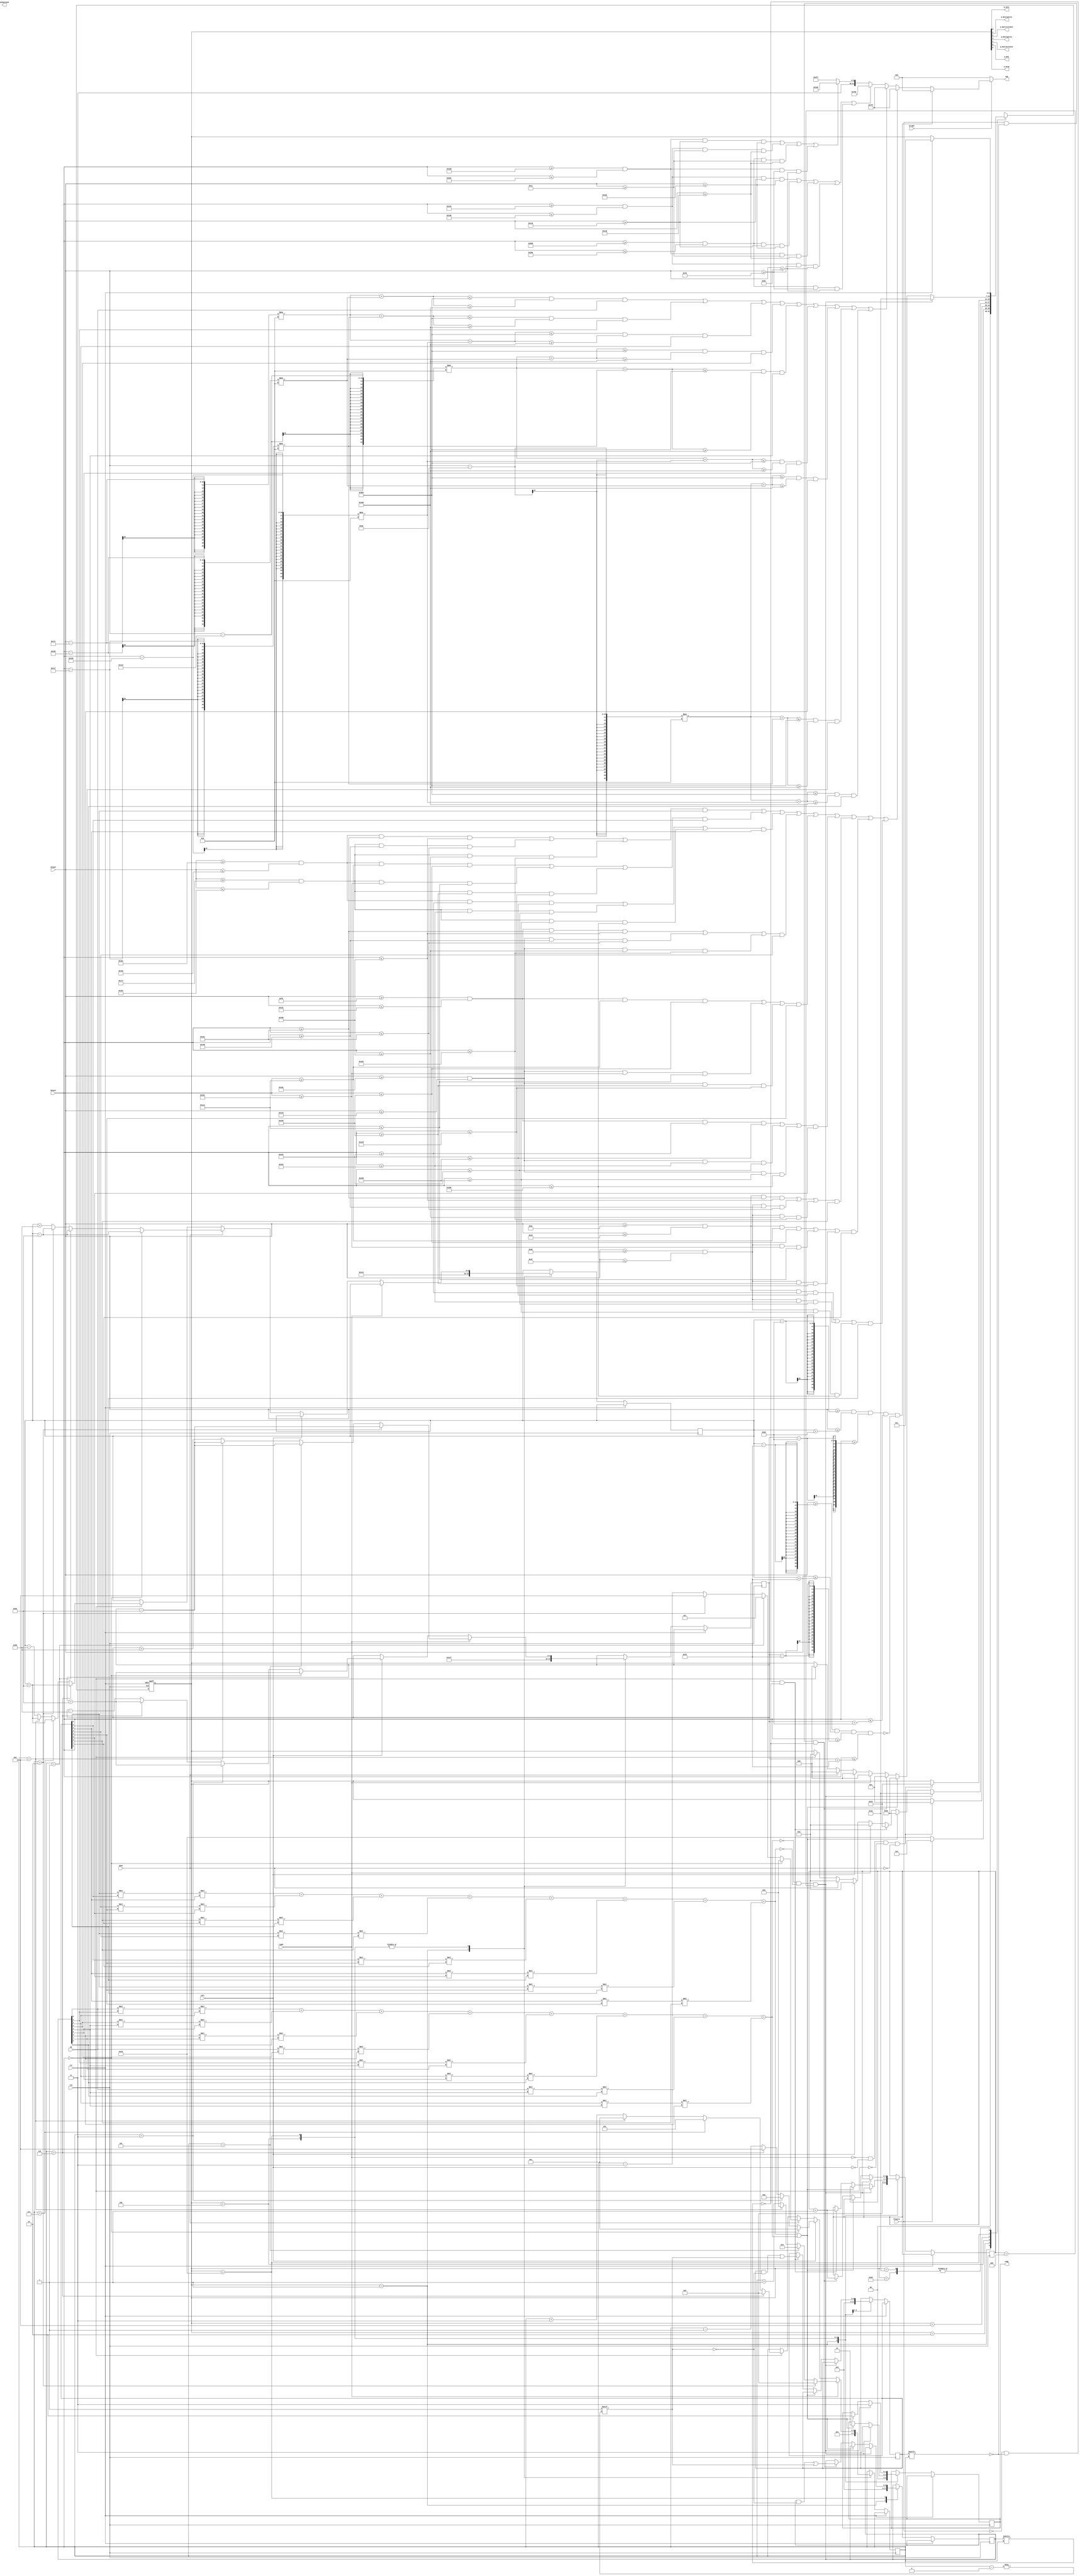
module block_controller(
	input clk, //this clock must be a slow enough clock to view the changing positions of the objects
	input bright,
	input rst,
	input up, input down, input left, input right,
	input [9:0] hCount, vCount,
	input Player1,
	output reg [11:0] rgb,
	output reg [11:0] background,
	output q_Init, q_Wait1press, q_Wait1release, q_Wait2press, q_Wait2release, q_Win, q_Draw,
	output reg [1:0] temp
   );
	reg [9:0] MID_X, MID_Y;
	reg [3:0] pointer;
	reg [3:0] moves;
	reg [8:0] fstore;
	reg [8:0] sstore;
	wire WIN1, WIN2, DRAW;
	reg [6:0] state;
	assign {q_Draw, q_Win, q_Wait2release, q_Wait2press, q_Wait1release, q_Wait1press, q_Init} = state;

	localparam
	    QINIT         = 7'b0000001,
	    QWAIT1PRESS   = 7'b0000010,
		QWAIT1RELEASE = 7'b0000100,
	    QWAIT2PRESS   = 7'b0001000,
		QWAIT2RELEASE = 7'b0010000,
	    QWIN          = 7'b0100000,
	    QDRAW         = 7'b1000000,
	    UNK           = 7'bXXXXXXX;


	parameter RED        = 12'b1111_0000_0000;
	parameter BLACK      = 12'b0000_0000_0000;
	parameter WHITE      = 12'b1111_1111_1111;
	parameter RICE       = 12'b1110_1110_1100;
	parameter BACKGROUND = 12'b1111_1111_1111;
	parameter GREEN      = 12'b0000_1111_0000;
	parameter COFFEE     = 12'b0111_0101_0011;
	parameter WOOD       = 12'b1101_1010_1000;
	parameter CENTER_X   = 463;
	parameter CENTER_Y   = 275;


	/*when outputting the rgb value in an always block like this, make sure to include the if(~bright) statement, as this ensures the monitor
	will output some data to every pixel and not just the images you are trying to display*/
	always@ (*)
		begin
			if(~bright ) //force black if not inside the display area
				rgb = BLACK;
			else if(crosshair)
				rgb = BLACK;
			else if( player1_0 || player1_1 || player1_2 || player1_3 || player1_4 || player1_5 || player1_6 || player1_7 || player1_8 )
				rgb = WHITE;
			else if( player2_0 || player2_1 || player2_2 || player2_3 || player2_4 || player2_5 || player2_6 || player2_7 || player2_8 )
				rgb = WHITE;
			else if (block_fill_0||block_fill_2||block_fill_4||block_fill_6||block_fill_8)
				rgb = COFFEE;
			else if (block_fill_1||block_fill_3||block_fill_5||block_fill_7)
				rgb = WOOD;
			else
				rgb = BACKGROUND;
		end

	always@(posedge clk, posedge rst)
	begin
		if(rst)
			begin
				state<=QINIT;
			end
		else
		 	begin
				case(state)
				
					QINIT:
							begin
								fstore<=9'b000000000;
								sstore<=9'b000000000;
								pointer<=4;
								MID_X<=463;
								MID_Y<=275;
								moves<=0;
								temp<=0;
								if(Player1==1)
									begin
										state<=QWAIT1RELEASE;
									end
								else
									begin
										state<=QWAIT2RELEASE;
									end
							end
							QWAIT1PRESS:
							begin
								if(right==0 && left==0 && up==0 && down==0)
									begin
										state<=QWAIT1RELEASE;

									end
							end
							QWAIT1RELEASE:
								begin
									if(right)
										begin
											state<=QWAIT1PRESS;
											if (pointer==2)
												begin
													pointer<=0;
													MID_X <= MID_X-2*105;
												end
											else if (pointer==5)
												begin
													pointer<=3;
													MID_X <= MID_X-2*105;
												end
											else if (pointer==8)
												begin
													pointer<=6;
													MID_X <= MID_X-2*105;
												end
											else
												begin
													pointer<=pointer+1;
													MID_X <= MID_X+105;
												end
										end
									else if(left)
										begin
											state<=QWAIT1PRESS;
											if (pointer==0)
												begin
													pointer<=2;
													MID_X<=MID_X+2*105;
												end
											else if (pointer==3)
												begin
													pointer<=5;
													MID_X<=MID_X+2*105;
												end
											else if (pointer==6)
												begin
													pointer<=8;
													MID_X<=MID_X+2*105;
												end
											else
												begin
													pointer<=pointer-1;
													MID_X<=MID_X - 105;
												end
										end
									else if(down)
										begin
											state<=QWAIT1PRESS;
											if (pointer==0)
												begin
													pointer<=6;
													MID_Y<=MID_Y-2*105;
												end
											else if (pointer==1)
												begin
													pointer<=7;
													MID_Y<=MID_Y-2*105;
												end
											else if (pointer==2)
												begin
													pointer<=8;
													MID_Y<=MID_Y-2*105;
												end
											else
												begin
													pointer<=pointer-3;
													MID_Y<=MID_Y+105;
												end
										end
									else if(up)
										begin
											state<=QWAIT1PRESS;
											if (pointer==6)
												begin
													pointer<=0;
													MID_Y<=MID_Y+2*105;
												end
											else if (pointer==7)
												begin
													pointer<=1;
													MID_Y<=MID_Y+2*105;
												end
											else if (pointer==8)
												begin
													pointer<=2;
													MID_Y<=MID_Y+2*105;
												end
											else
												begin
													pointer<=pointer+3;
													MID_Y<=MID_Y-105;
												end
										end
									if(DRAW)
										begin
											state<=QDRAW;
											temp<=3;
										end
									else if(WIN1||WIN2)
										begin
											state<=QWIN;
											temp<=1;
										end
									else
										begin
											if(Player1==0 && fstore[pointer]==0 && sstore[pointer]==0)
											 begin
												state<=QWAIT2RELEASE;
												fstore[pointer]<=1;
												moves<=moves+1;
											 end
										end
								end
							QWAIT2PRESS:
							begin
								if(right==0 && left==0 && up==0 && down==0)
									begin
										state<=QWAIT2RELEASE;
									end
							end
							QWAIT2RELEASE:
								begin
									if(right)
										begin
											state<=QWAIT2PRESS;
											if (pointer==2)
												begin
													pointer<=0;
													MID_X <= MID_X-2*105;
												end
											else if (pointer==5)
												begin
													pointer<=3;
													MID_X <= MID_X-2*105;
												end
											else if (pointer==8)
												begin
													pointer<=6;
													MID_X <= MID_X-2*105;
												end
											else
												begin
													pointer<=pointer+1;
													MID_X <= MID_X + 105;
												end
										end
									else if(left)
										begin
											state<=QWAIT2PRESS;
											if (pointer==0)
												begin
													pointer<=2;
													MID_X<=MID_X+2*105;
												end
											else if (pointer==3)
												begin
													pointer<=5;
													MID_X<=MID_X+2*105;
												end
											else if (pointer==6)
												begin
													pointer<=8;
													MID_X<=MID_X+2*105;
												end
											else
												begin
													pointer<=pointer-1;
													MID_X<=MID_X - 105;
												end
										end
									else if(down)
										begin
											state<=QWAIT2PRESS;
											if (pointer==0)
												begin
													pointer<=6;
													MID_Y<=MID_Y-2*105;
												end
											else if (pointer==1)
												begin
													pointer<=7;
													MID_Y<=MID_Y-2*105;
												end
											else if (pointer==2)
												begin
													pointer<=8;
													MID_Y<=MID_Y-2*105;
												end
											else
												begin
													pointer<=pointer-3;
													MID_Y<=MID_Y+105;
												end
										end
									else if(up)
										begin
											state<=QWAIT2PRESS;
											if (pointer==6)
												begin
													pointer<=0;
													MID_Y<=MID_Y+2*105;
												end
											else if (pointer==7)
												begin
													pointer<=1;
													MID_Y<=MID_Y+2*105;
												end
											else if (pointer==8)
												begin
													pointer<=2;
													MID_Y<=MID_Y+2*105;
												end
											else
												begin
													pointer<=pointer+3;
													MID_Y<=MID_Y-105;
												end
										end
									if(DRAW)
										begin
											state<=QDRAW;
											temp<=3;
										end
									else if(WIN1||WIN2)
										begin
											state<=QWIN;
											temp<=2;
										end
									else
										begin
											if(Player1==1 && fstore[pointer]==0 && sstore[pointer]==0)
												begin
													state<=QWAIT1RELEASE;
													sstore[pointer]<=1;
													moves<=moves+1;
												end
										end
								end
							QWIN:
								begin
									if(rst)
										begin
											state<=QINIT;
										end
								end
							QDRAW:
								begin
									if(rst)
										begin
											state<=QINIT;
										end
								end
							default:
								state <= UNK;
						
						endcase
			end
	   end

	assign crosshair = ((vCount>=(MID_Y-40) && vCount<=(MID_Y+40) && hCount>=(MID_X-40) && hCount<=(MID_X+40)) 
					&& ~(vCount>=(MID_Y-35) && vCount<=(MID_Y+35) && hCount>=(MID_X-35) && hCount<=(MID_X+35)));


	assign block_fill_0 = (hCount>=(CENTER_X-155) && hCount<=(CENTER_X-55)  && vCount>=(CENTER_Y+55)  && vCount<=(CENTER_Y+155));
	assign block_fill_1 = (hCount>=(CENTER_X-50)  && hCount<=(CENTER_X+50)  && vCount>=(CENTER_Y+55)  && vCount<=(CENTER_Y+155));
	assign block_fill_2 = (hCount>=(CENTER_X+55)  && hCount<=(CENTER_X+155) && vCount>=(CENTER_Y+55)  && vCount<=(CENTER_Y+155));
	assign block_fill_3 = (hCount>=(CENTER_X-155) && hCount<=(CENTER_X-55)  && vCount>=(CENTER_Y-50)  && vCount<=(CENTER_Y+50));
	assign block_fill_4 = (hCount>=(CENTER_X-50)  && hCount<=(CENTER_X+50)  && vCount>=(CENTER_Y-50)  && vCount<=(CENTER_Y+50));
	assign block_fill_5 = (hCount>=(CENTER_X+55)  && hCount<=(CENTER_X+155) && vCount>=(CENTER_Y-50)  && vCount<=(CENTER_Y+50));
	assign block_fill_6 = (hCount>=(CENTER_X-155) && hCount<=(CENTER_X-55)  && vCount>=(CENTER_Y-155) && vCount<=(CENTER_Y-55));
	assign block_fill_7 = (hCount>=(CENTER_X-50)  && hCount<=(CENTER_X+50)  && vCount>=(CENTER_Y-155) && vCount<=(CENTER_Y-55));
	assign block_fill_8 = (hCount>=(CENTER_X+55)  && hCount<=(CENTER_X+155) && vCount>=(CENTER_Y-155) && vCount<=(CENTER_Y-55));


	assign player1_0 =(((vCount>=(CENTER_Y+105-30) && vCount<=(CENTER_Y+105+30) && hCount>=(CENTER_X-105-5) && hCount<=(CENTER_X-105+5))
					  ||(vCount>=(CENTER_Y+105-5) && vCount<=(CENTER_Y+105+5) && hCount>=(CENTER_X-105-30) && hCount<=(CENTER_X-105-5))
					  ||(vCount>=(CENTER_Y+105-5) && vCount<=(CENTER_Y+105+5) && hCount>=(CENTER_X-105+5) && hCount<=(CENTER_X-105+30))) && fstore[0]);			
	assign player1_1 =(((vCount>=(CENTER_Y+105-30) && vCount<=(CENTER_Y+105+30) && hCount>=(CENTER_X-000-5) && hCount<=(CENTER_X-000+5))
					  ||(vCount>=(CENTER_Y+105-5) && vCount<=(CENTER_Y+105+5) && hCount>=(CENTER_X-000-30) && hCount<=(CENTER_X-000-5))
					  ||(vCount>=(CENTER_Y+105-5) && vCount<=(CENTER_Y+105+5) && hCount>=(CENTER_X-000+5) && hCount<=(CENTER_X-000+30))) && fstore[1]);
	assign player1_2 =(((vCount>=(CENTER_Y+105-30) && vCount<=(CENTER_Y+105+30) && hCount>=(CENTER_X+105-5) && hCount<=(CENTER_X+105+5))
					  ||(vCount>=(CENTER_Y+105-5) && vCount<=(CENTER_Y+105+5) && hCount>=(CENTER_X+105-30) && hCount<=(CENTER_X+105-5))
					  ||(vCount>=(CENTER_Y+105-5) && vCount<=(CENTER_Y+105+5) && hCount>=(CENTER_X+105+5) && hCount<=(CENTER_X+105+30))) && fstore[2]);				
	assign player1_3 =(((vCount>=(CENTER_Y+000-30) && vCount<=(CENTER_Y+000+30) && hCount>=(CENTER_X-105-5) && hCount<=(CENTER_X-105+5))
					  ||(vCount>=(CENTER_Y+000-5) && vCount<=(CENTER_Y+000+5) && hCount>=(CENTER_X-105-30) && hCount<=(CENTER_X-105-5))
					  ||(vCount>=(CENTER_Y+000-5) && vCount<=(CENTER_Y+000+5) && hCount>=(CENTER_X-105+5) && hCount<=(CENTER_X-105+30))) && fstore[3]);
	assign player1_4 =(((vCount>=(CENTER_Y+000-30) && vCount<=(CENTER_Y+000+30) && hCount>=(CENTER_X-000-5) && hCount<=(CENTER_X-000+5))
					  ||(vCount>=(CENTER_Y+000-5) && vCount<=(CENTER_Y+000+5) && hCount>=(CENTER_X-000-30) && hCount<=(CENTER_X-000-5))
					  ||(vCount>=(CENTER_Y+000-5) && vCount<=(CENTER_Y+000+5) && hCount>=(CENTER_X-000+5) && hCount<=(CENTER_X-000+30))) && fstore[4]);				
	assign player1_5 =(((vCount>=(CENTER_Y+000-30) && vCount<=(CENTER_Y+000+30) && hCount>=(CENTER_X+105-5) && hCount<=(CENTER_X+105+5))
					  ||(vCount>=(CENTER_Y+000-5) && vCount<=(CENTER_Y+000+5) && hCount>=(CENTER_X+105-30) && hCount<=(CENTER_X+105-5))
					  ||(vCount>=(CENTER_Y+000-5) && vCount<=(CENTER_Y+000+5) && hCount>=(CENTER_X+105+5) && hCount<=(CENTER_X+105+30))) && fstore[5]);
	assign player1_6 =(((vCount>=(CENTER_Y-105-30) && vCount<=(CENTER_Y-105+30) && hCount>=(CENTER_X-105-5) && hCount<=(CENTER_X-105+5))
					  ||(vCount>=(CENTER_Y-105-5) && vCount<=(CENTER_Y-105+5) && hCount>=(CENTER_X-105-30) && hCount<=(CENTER_X-105-5))
					  ||(vCount>=(CENTER_Y-105-5) && vCount<=(CENTER_Y-105+5) && hCount>=(CENTER_X-105+5) && hCount<=(CENTER_X-105+30))) && fstore[6]);				
	assign player1_7 =(((vCount>=(CENTER_Y-105-30) && vCount<=(CENTER_Y-105+30) && hCount>=(CENTER_X-000-5) && hCount<=(CENTER_X-000+5))
					  ||(vCount>=(CENTER_Y-105-5) && vCount<=(CENTER_Y-105+5) && hCount>=(CENTER_X-000-30) && hCount<=(CENTER_X-000-5))
					  ||(vCount>=(CENTER_Y-105-5) && vCount<=(CENTER_Y-105+5) && hCount>=(CENTER_X-000+5) && hCount<=(CENTER_X-000+30))) && fstore[7]);
	assign player1_8 =(((vCount>=(CENTER_Y-105-30) && vCount<=(CENTER_Y-105+30) && hCount>=(CENTER_X+105-5) && hCount<=(CENTER_X+105+5))
					  ||(vCount>=(CENTER_Y-105-5) && vCount<=(CENTER_Y-105+5) && hCount>=(CENTER_X+105-30) && hCount<=(CENTER_X+105-5))
					  ||(vCount>=(CENTER_Y-105-5) && vCount<=(CENTER_Y-105+5) && hCount>=(CENTER_X+105+5) && hCount<=(CENTER_X+105+30))) && fstore[8]);

	
	assign player2_0 =((vCount-(CENTER_Y+105))**2 +(hCount-(CENTER_X-105))**2<=(30**2) && (vCount-(CENTER_Y+105))**2 +(hCount-(CENTER_X-105))**2>=(20**2) && sstore[0]);	
	assign player2_1 =((vCount-(CENTER_Y+105))**2 +(hCount-(CENTER_X-000))**2<=(30**2) && (vCount-(CENTER_Y+105))**2 +(hCount-(CENTER_X-000))**2>=(20**2) && sstore[1]);
	assign player2_2 =((vCount-(CENTER_Y+105))**2 +(hCount-(CENTER_X+105))**2<=(30**2) && (vCount-(CENTER_Y+105))**2 +(hCount-(CENTER_X+105))**2>=(20**2) && sstore[2]);				
	assign player2_3 =((vCount-(CENTER_Y+000))**2 +(hCount-(CENTER_X-105))**2<=(30**2) && (vCount-(CENTER_Y+000))**2 +(hCount-(CENTER_X-105))**2>=(20**2) && sstore[3]);
	assign player2_4 =((vCount-(CENTER_Y+000))**2 +(hCount-(CENTER_X-000))**2<=(30**2) && (vCount-(CENTER_Y+000))**2 +(hCount-(CENTER_X-000))**2>=(20**2) && sstore[4]);				
	assign player2_5 =((vCount-(CENTER_Y+000))**2 +(hCount-(CENTER_X+105))**2<=(30**2) && (vCount-(CENTER_Y+000))**2 +(hCount-(CENTER_X+105))**2>=(20**2) && sstore[5]);
	assign player2_6 =((vCount-(CENTER_Y-105))**2 +(hCount-(CENTER_X-105))**2<=(30**2) && (vCount-(CENTER_Y-105))**2 +(hCount-(CENTER_X-105))**2>=(20**2) && sstore[6]);				
	assign player2_7 =((vCount-(CENTER_Y-105))**2 +(hCount-(CENTER_X-000))**2<=(30**2) && (vCount-(CENTER_Y-105))**2 +(hCount-(CENTER_X-000))**2>=(20**2) && sstore[7]);
	assign player2_8 =((vCount-(CENTER_Y-105))**2 +(hCount-(CENTER_X+105))**2<=(30**2) && (vCount-(CENTER_Y-105))**2 +(hCount-(CENTER_X+105))**2>=(20**2) && sstore[8]);					

	assign WIN1=fstore[0]*fstore[1]*fstore[2]+fstore[3]*fstore[4]*fstore[5]+fstore[6]*fstore[7]*fstore[8]+
				fstore[0]*fstore[3]*fstore[6]+fstore[1]*fstore[4]*fstore[7]+fstore[2]*fstore[5]*fstore[8]+
				fstore[0]*fstore[4]*fstore[8]+fstore[2]*fstore[4]*fstore[6];

	assign WIN2=sstore[0]*sstore[1]*sstore[2]+sstore[3]*sstore[4]*sstore[5]+sstore[6]*sstore[7]*sstore[8]+
				sstore[0]*sstore[3]*sstore[6]+sstore[1]*sstore[4]*sstore[7]+sstore[2]*sstore[5]*sstore[8]+
				sstore[0]*sstore[4]*sstore[8]+sstore[2]*sstore[4]*sstore[6];

	assign DRAW= ~WIN2 && ~WIN1 && (moves==9);

endmodule